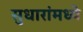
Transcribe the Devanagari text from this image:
सुधारांमध्ये